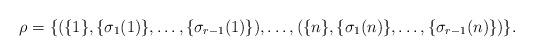
LaTeX: \begin{align*}\rho=\{(\{1\},\{\sigma_1(1)\},\ldots,\{\sigma_{r-1}(1)\}),\ldots,(\{n\},\{\sigma_1(n)\},\ldots,\{\sigma_{r-1}(n)\})\}.\end{align*}